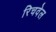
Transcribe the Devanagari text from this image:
रिचवेल